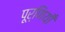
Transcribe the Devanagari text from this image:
पूर्णियाँ